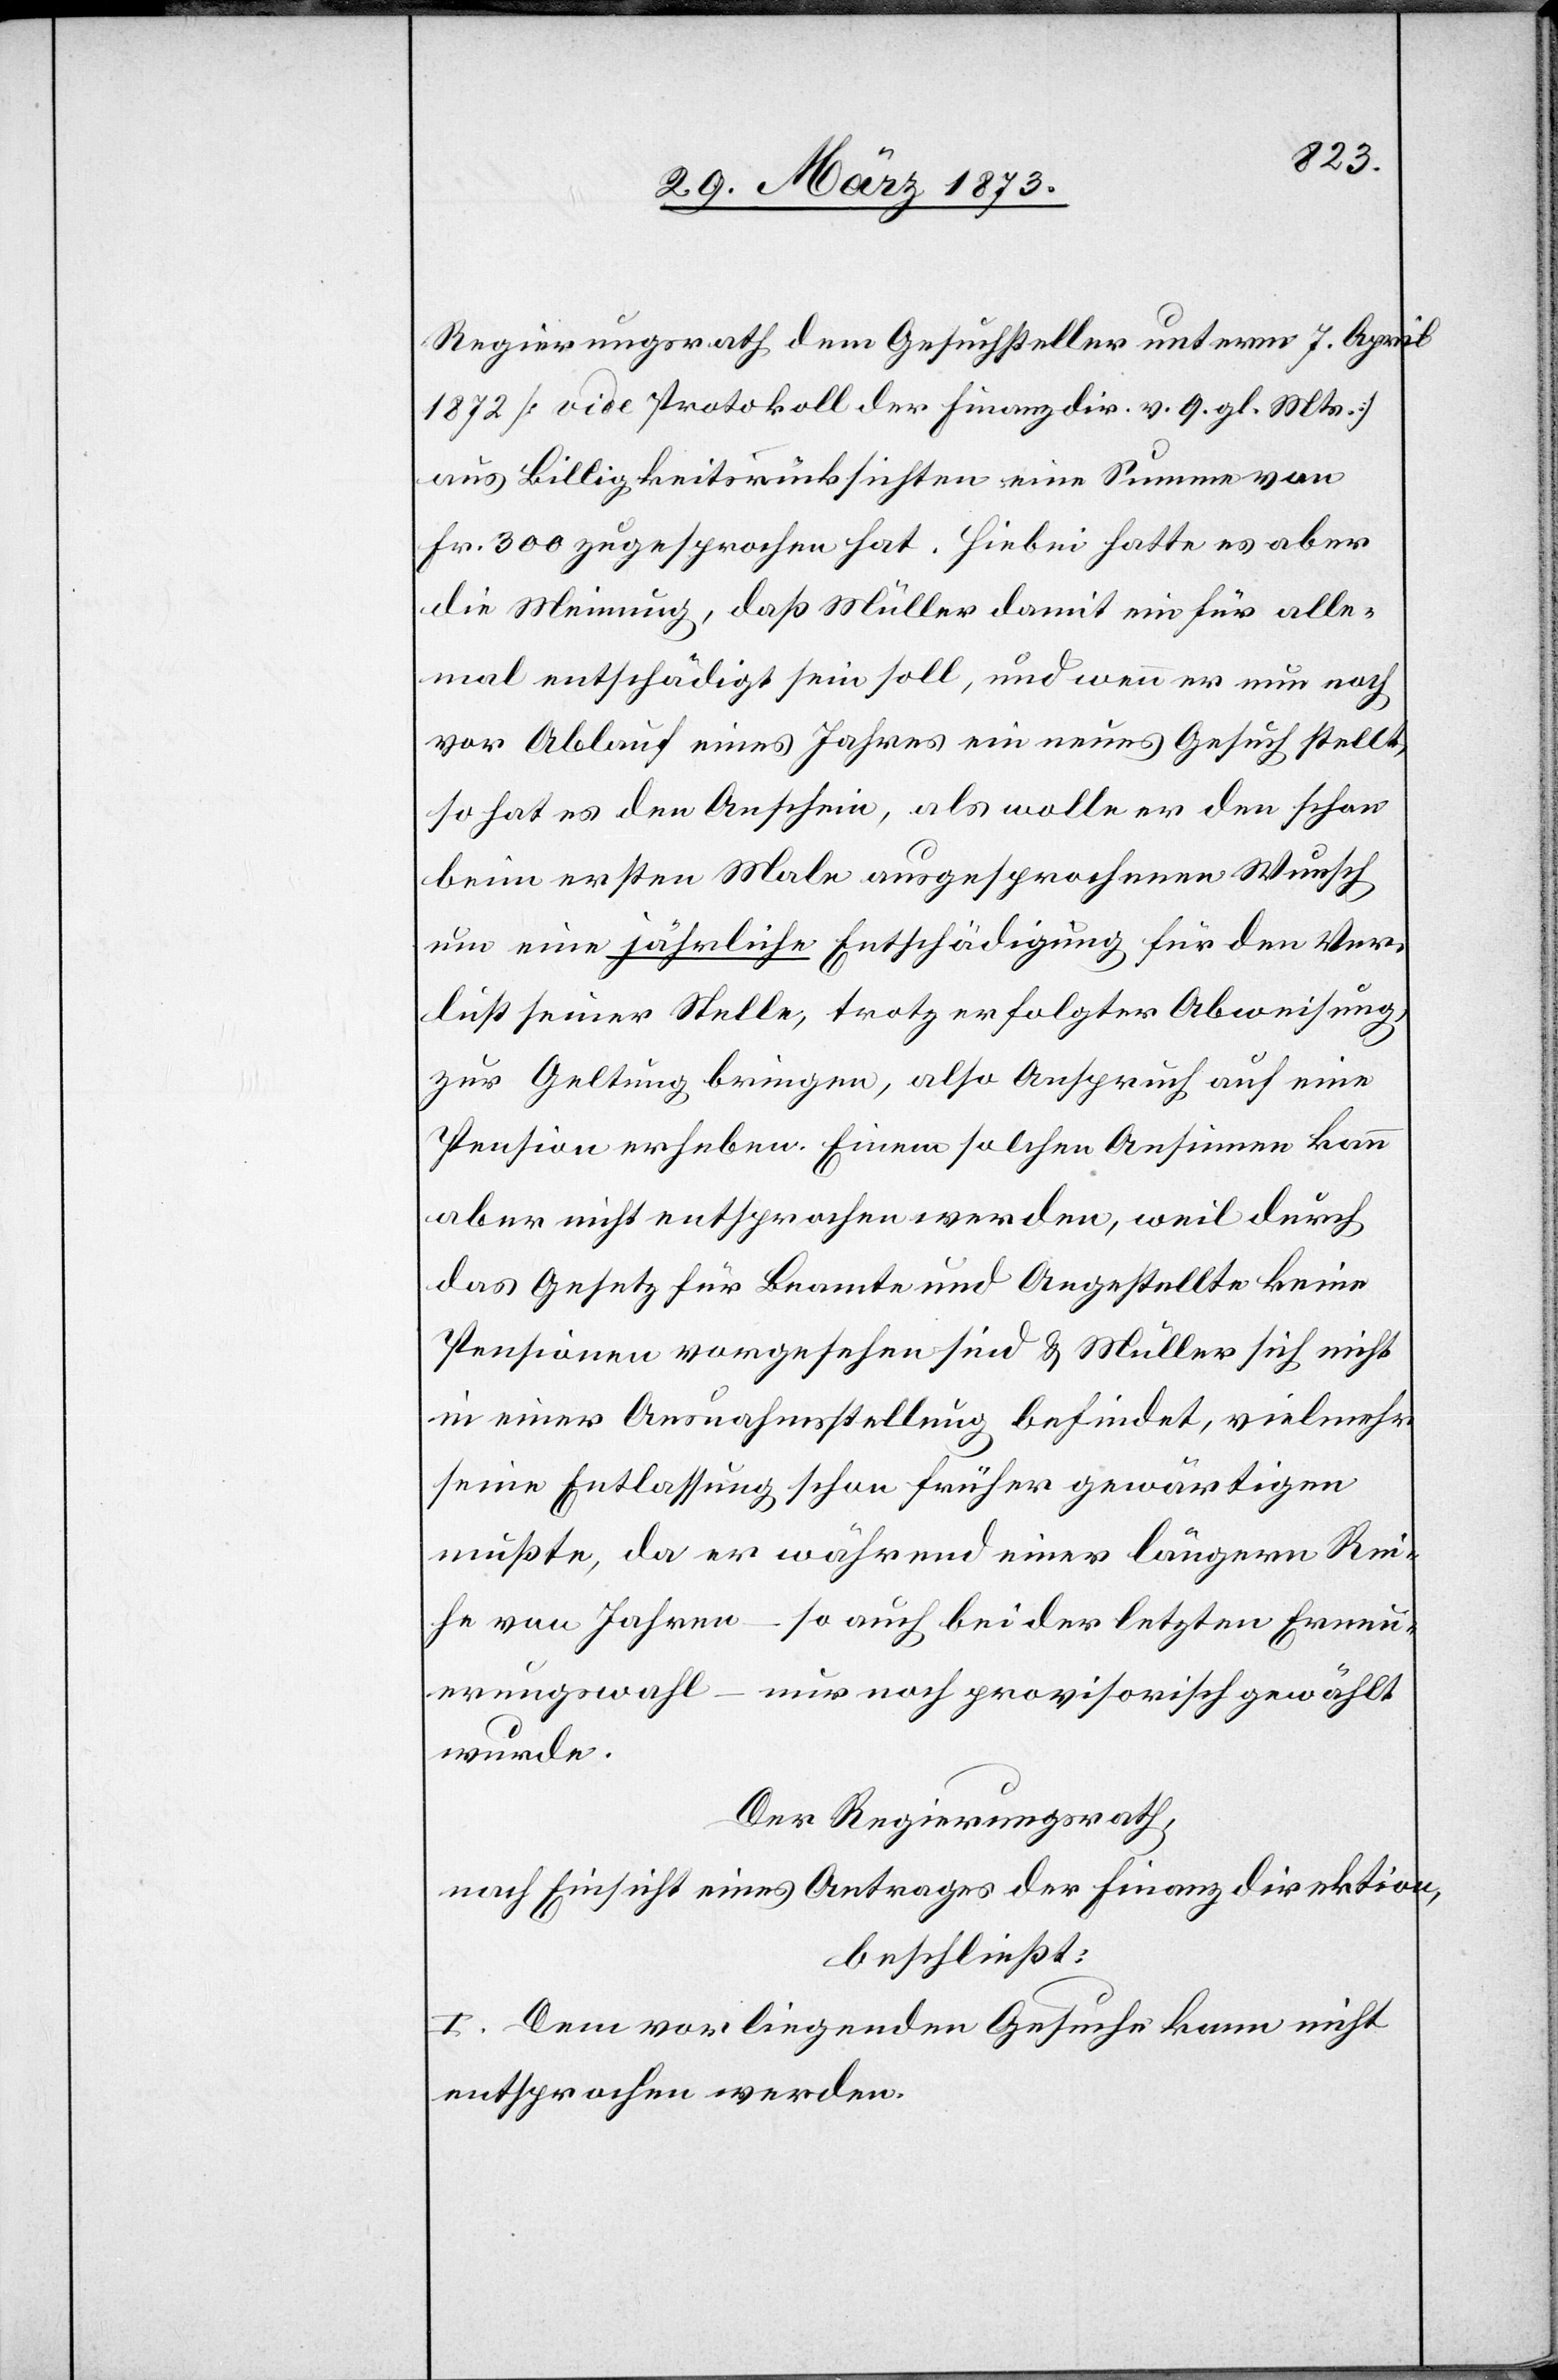
Regierungsrath dem Gesuchsteller unterm 7. April
1872 [vide Protokoll der Finanzdir. v. 9. gl. Mts.]
aus Billigkeitsrücksichten eine Summe von
Fr. 300 zugesprochen hat. Hiebei hatte es aber
die Meinung, daß Müller damit ein für alle¬
mal entschädigt sein soll, und wenn er nun noch
vor Ablauf eines Jahres ein neues Gesuch stellt,
so hat es den Anschein, als wolle er den schon
beim ersten Male ausgesprochenen Wunsch
um eine jährliche Entschädigung für den Ver¬
lust seiner Stelle, trotz erfolgter Abweisung,
zur Geltung bringen, also Anspruch auf eine
Pension erheben. Einem solchen Ansinnen kann
aber nicht entsprochen werden, weil durch
das Gesetz für Beamte und Angestellte keine
Pensionen vorgesehen sind u. Müller sich nicht
in einer Ausnahmsstellung befindet, vielmehr
seine Entlassung schon früher gewärtigen
mußte, da er während einer längern Rei¬
he von Jahren – so auch bei der letzten Erneu¬
erungswahl – nur noch provisorisch gewählt
wurde.
Der Regierungsrath,
nach Einsicht eines Antrages der Finanzdirektion,
beschließt:
I. Dem vorliegenden Gesuche kann nicht
entsprochen werden.